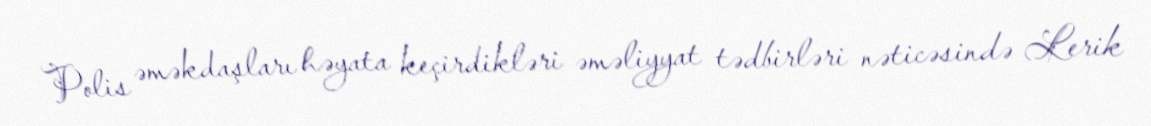
Polis əməkdaşları həyata keçirdikləri əməliyyat tədbirləri nəticəsində Lerik